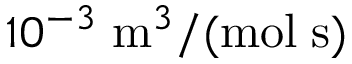
1 0 ^ { - 3 } \; \mathrm { m } ^ { 3 } / ( \mathrm { m o l } \; \mathrm { s } )